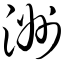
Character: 洲